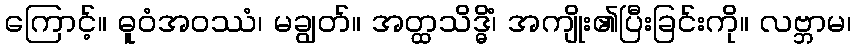
ကြောင့်။ ဓူဝံအဝဿံ၊ မချွတ်။ အတ္ထသိဒ္ဓိံ၊ အကျိုး၏ပြီးခြင်းကို။ လဗ္ဘာမ၊